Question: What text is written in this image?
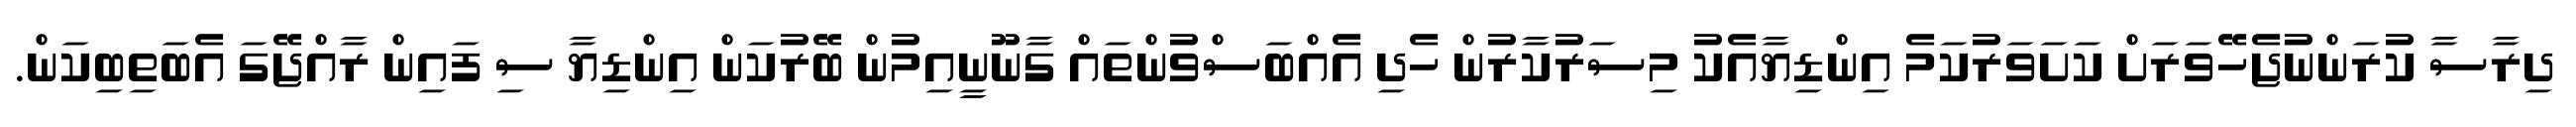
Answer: ދިރާސާ ކުރަންނުޖެހޭވަރަށް ކަށަވަރުކަމެ އިންޑިޔާއެކު މިސަރުކާރުން ހެދި އެއްބަސްވުންތައް ގާނޫނީއިމުން ބޭރުކަން އިންޑިޔާ ސި ފައިން ރާއްޖޭގަ އެބަތިބިކަން.